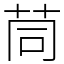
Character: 茼